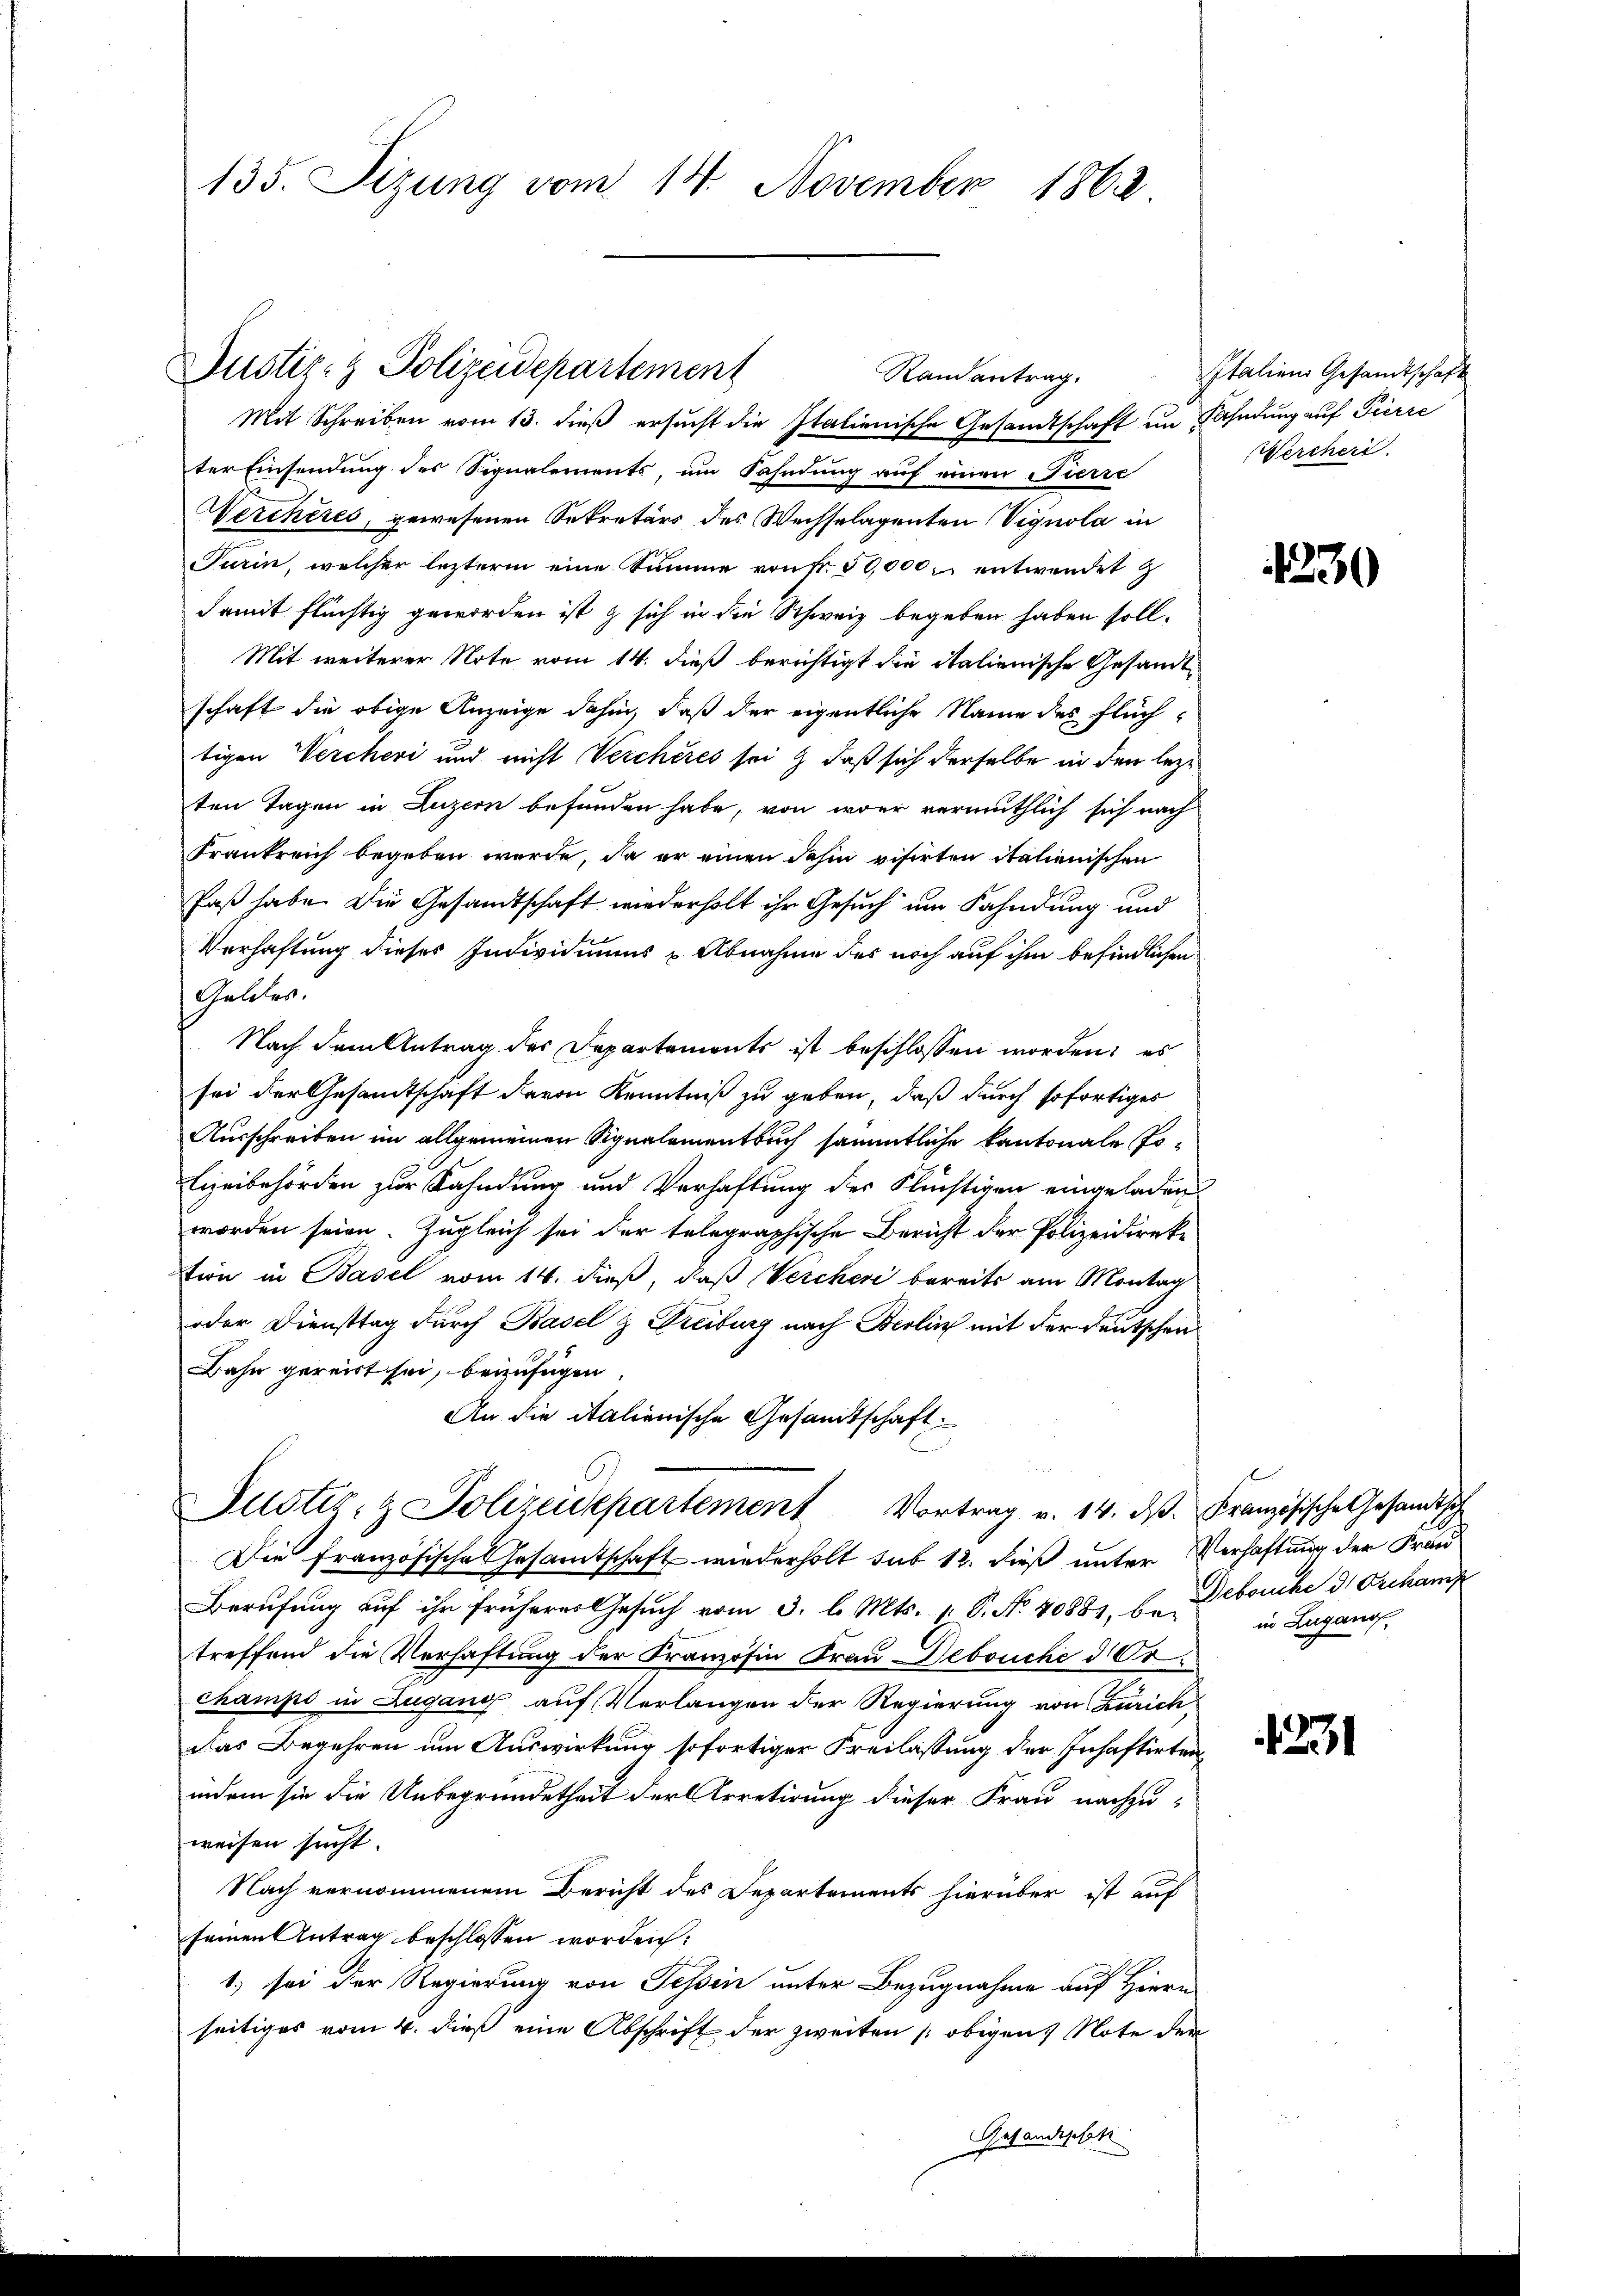
135. Sizung vom 14. November 1862

Mit Schreiben vom 13. dieß ersucht die Italienische Gesandtschaft im Fahndung auf Pierre
ter Einsendung des Signalements, um Fahndung auf einen Fierre
Vercheres, gewesenen Sekretärs des Wechselagenten Vignola in
Turin, welcher lezterm eine Summe von Fr. 50,000. entwendet z
damit flüchtig geworden ist  sich in die Schweiz begeben haben soll.
Mit weiterer Note vom 14. dieß berichtigt die italienische Gesandt
schaft die obige Anzeige dahin, daß der eigentliche Name des Flüchtigen Vercheri und nicht Verchères sei & daß sich derselbe in den lezten Tagen in Luzern befunden habe, von wer vermuthlich sich nach
Frankreich begeben wurde, da er einen dahin visirten italienischen
Faß habe. Die Gesandtschaft wiederholt ihr Gesuch um Fahndung und
Verhaftung dieses Individiums & Abnahme des noch auf ihm befindlichen
Geldes.
Nach dem Antrag des Departements ist beschlossen worden; es
sei der Gesandtschaft davon Kenntniß zu geben, daß durch sofortiges
Ausschreiben im allgemeinen Signalementbuch sämmtliche Kantonale Polizeibehörden zur Kahndung und Verhaftung der Flüchtigen eingeladen
worden seien. Zugleich sei der telegraphische Bericht der Polizeidirektion in Basel vom 14. dieß, daß Vercheri bereits am Montag
oder Diensttag durch Basel & Treiburg nach Berlin mit der Deutschen
Bahn gereist sei, beizufügen.
An die italienische Gesamtschaft:
Justiz- & Polizeidepartement Vortrag v. 14. dβ. Französische Gesandtsch
Die französische Gesamtschaft wiederholt sub 12. dieß unter Verhaftung der Fran¬
Berufung auf ihr früherer Gesuch vom 3. l. Mts. 1. P. No 40881, b. Debouche d. Orchank
treffend die Verhaftung der Französin Frau Debouche der
champs in Lugang, auf Verlangen der Regierung von Zürich
das Begehren um Auswirkung sofortiger Freilassung der Inhaftirten,
indem sie die Unbegründetheit der Arretirung dieser Frau nachzu-
weisen sucht.
Nach vernommenem Bericht des Departements hierüber ist auf
seinen Antrag beschlossen worden:
1; sei der Regierung von Tessen unter Bezugnahme auf Hiern
seitiges vom 4. dieß eine Abschrift der zweiten [ obigen Note der
Gesandtschaft

Justiz- & Polizeidepartement
Randantrag.

Italien Gesandtschaft
Wercheri

1230

in Lugano,

21